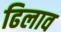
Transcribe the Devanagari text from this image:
ढिलाव